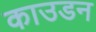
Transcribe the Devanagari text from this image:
काउडन